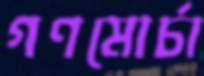
গণমোর্চা